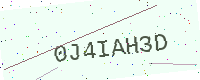
Text: 0J4IAH3D